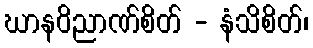
ဃာနဝိညာဏ်စိတ် - နံသိစိတ်၊